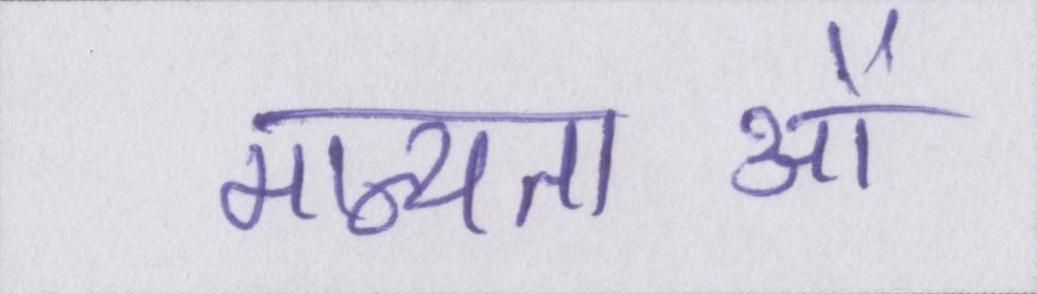
मान्यताओं